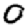
Digit: 0